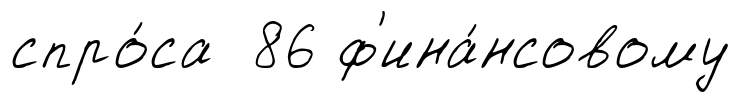
спро́са 86 ф'ина́нсовому